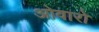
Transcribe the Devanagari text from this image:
ओवारो